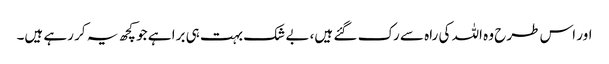
اور اس طرح وہ اللہ کی راہ سے رک گئے ہیں، بے شک بہت ہی برا ہے جو کچھ یہ کر رہے ہیں۔